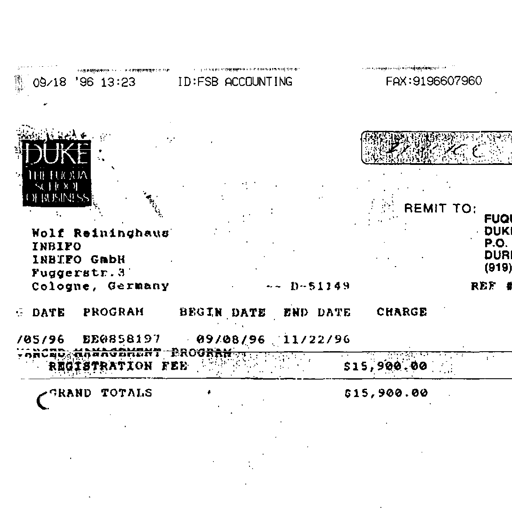
09/18 '96 13:23 ID:FSB ACCOUNTING FAX:9196607960
DUKE
THE FUQUA
SCHOOL
OF BUSINESS
REMIT TO:
Wolf Reininghaus
INBIFO
INBIFO GmbH
Fuggerstr. 3
Cologne, Germany ~~ D-51149
DATE PROGRAM BEGIN DATE END DATE CHARGE
/05/96 EE0858197 09/08/96 11/22/96
ADVANCED MANAGEMENT PROGRAM
REGISTRATION FEE $15,900.00
GRAND TOTALS $15,900.00